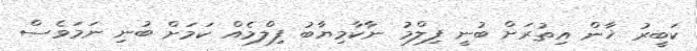
ކަބީރު ޚާން އިތުރަށް ބުނީ ފިލްމު ނާކާމިޔާބު ފިލްމެއް ކަމަށް ބުނި ނަމަވެސް